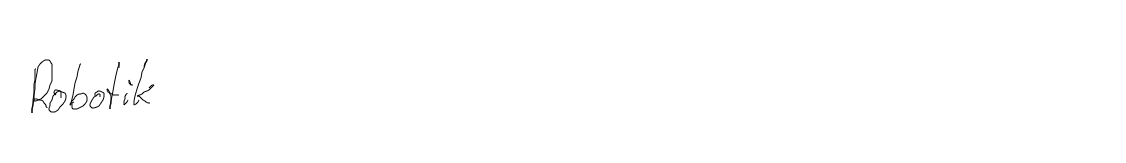
Robotik